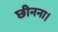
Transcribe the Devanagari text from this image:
छीनना।